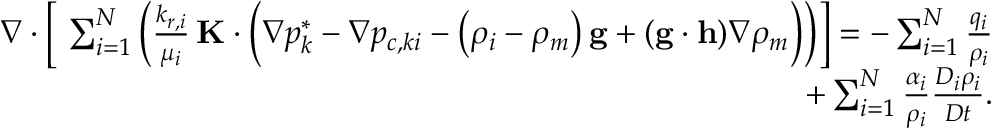
\begin{array} { r } { \nabla \cdot \left[ \ \sum _ { i = 1 } ^ { N } \left( \frac { k _ { r , i } } { \mu _ { i } } \, \mathbf { K } \cdot \Big ( \nabla p _ { k } ^ { * } - \nabla p _ { c , k i } - \left( \rho _ { i } - \rho _ { m } \right) \mathbf { g } + ( \mathbf { g } \cdot \mathbf { h } ) \nabla \rho _ { m } \Big ) \right) \right] = - \sum _ { i = 1 } ^ { N } \frac { q _ { i } } { \rho _ { i } } } \\ { + \sum _ { i = 1 } ^ { N } \frac { \alpha _ { i } } { \rho _ { i } } \frac { D _ { i } \rho _ { i } } { D t } . } \end{array}